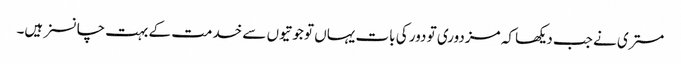
مستری نے جب دیکھا کہ مزدوری تو دور کی بات یہاں تو جوتیوں سے خدمت کے بہت چانسز ہیں۔